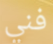
فني